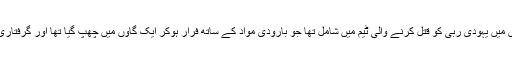
دوسری جانب اسرائیلی فوج کی جانب سے جاری بیان میں کہا گیا ہے کہ عمر نامی نوجوان نابلس میں یہودی ربی کو قتل کرنے والی ٹیم میں شامل تھا جو بارودی مواد کے ساتھ فرار ہوکر ایک گاؤں میں چھپ گیا تھا اور گرفتاری کے وقت اسرائیلی فوج کے اہلکاروں پر فائرنگ کردی، جوابی فائرنگ سے نوجوان ہلاک ہوگیا۔